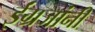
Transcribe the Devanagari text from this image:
ईंग्रजांनी